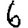
Digit: 6